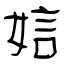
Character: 娮